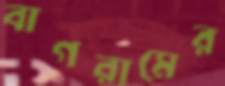
বাগরামের